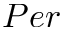
P e r